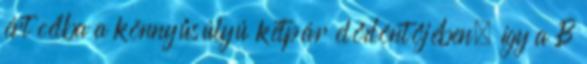
ért célba a könnyűsúlyú kétpár elődöntőjében, így a B